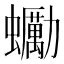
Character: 䘈